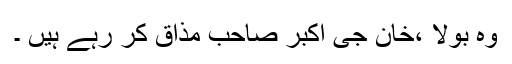
وہ بولا ،خان جی اکبر صاحب مذاق کر رہے ہیں ۔